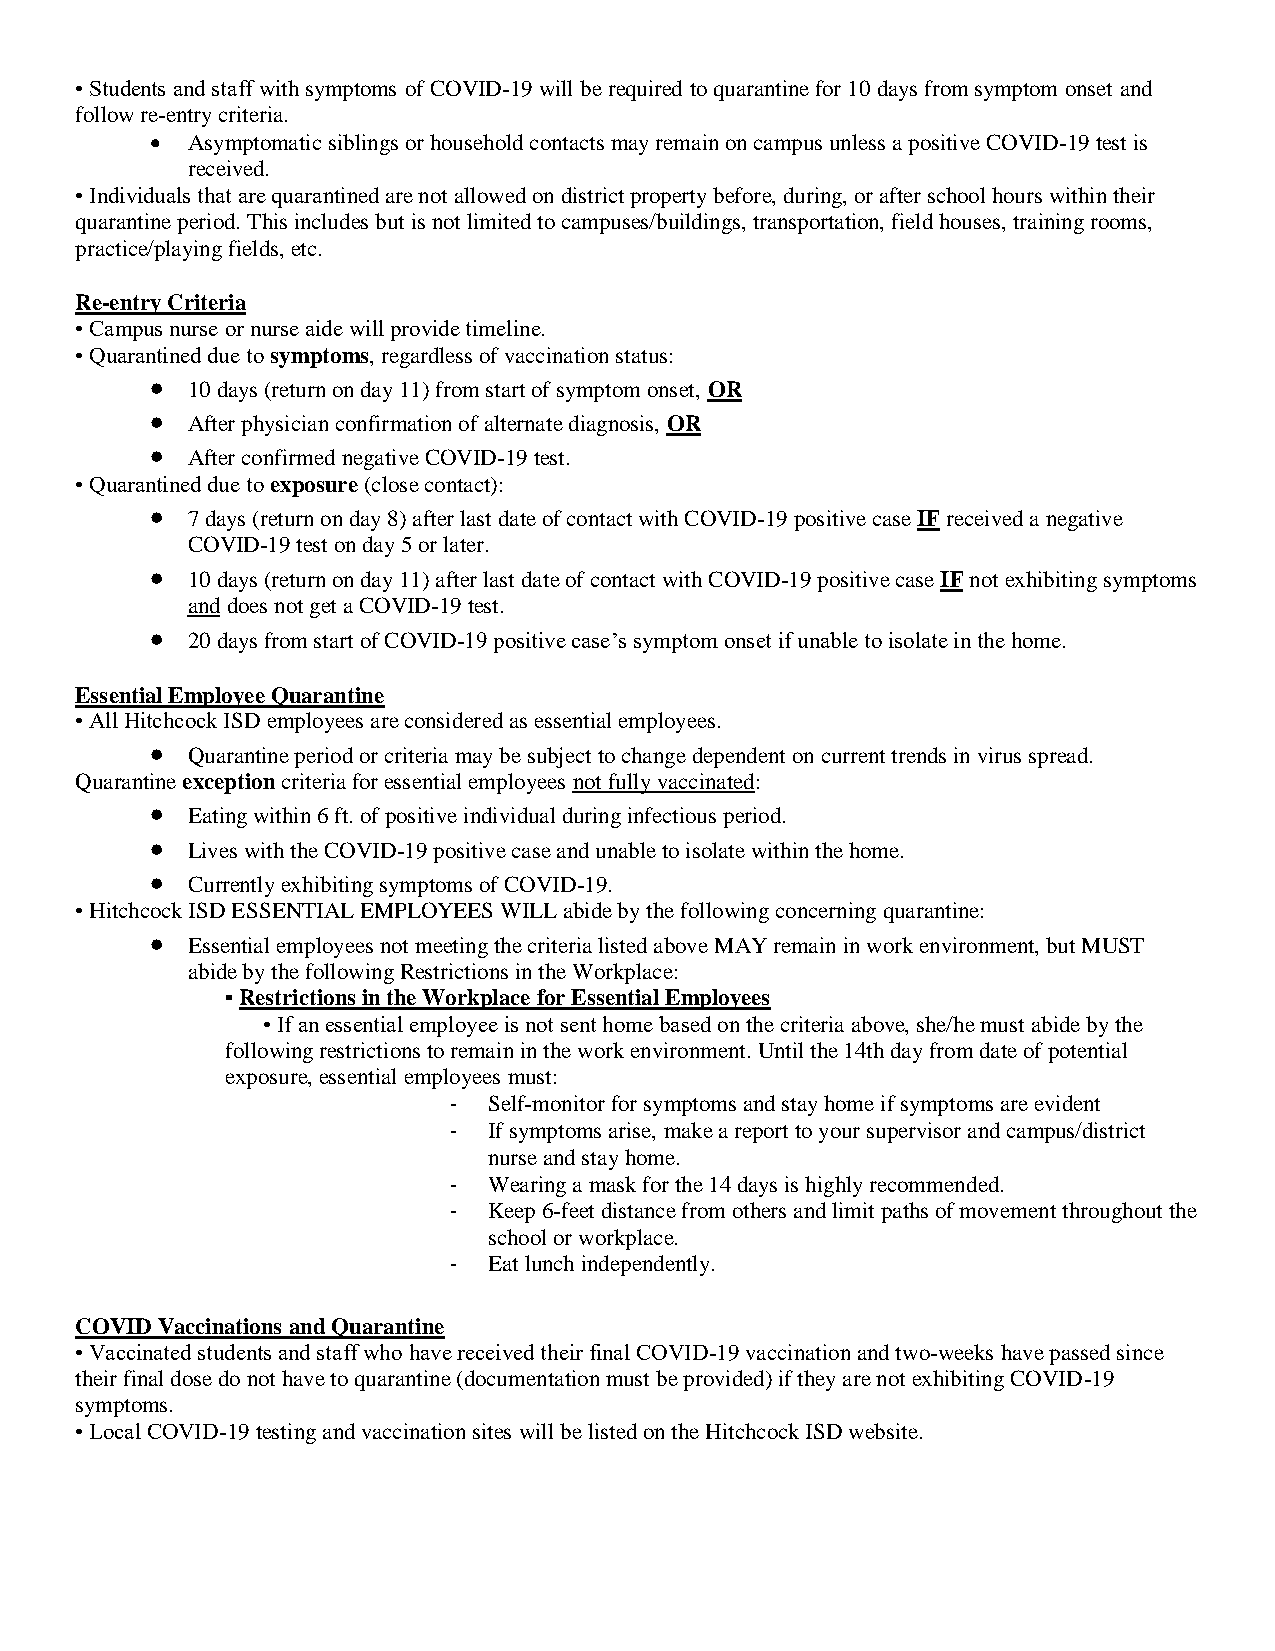
• Students and staff with symptoms of COVID-19 will be required to quarantine for 10 days from symptom onset and
 follow re-entry criteria.
  Asymptomatic siblings or household contacts may remain on campus unless a positive COVID-19 test is
 received.
 • Individuals that are quarantined are not allowed on district property before, during, or after school hours within their
 quarantine period. This includes but is not limited to campuses/buildings, transportation, field houses, training rooms,
 practice/playing fields, etc.
 Re-entry Criteria
 • Campus nurse or nurse aide will provide timeline.
 • Quarantined due to symptoms, regardless of vaccination status:
  10 days (return on day 11) from start of symptom onset, OR
  After physician confirmation of alternate diagnosis, OR
  After confirmed negative COVID-19 test.
 • Quarantined due to exposure (close contact):
  7 days (return on day 8) after last date of contact with COVID-19 positive case IF received a negative
 COVID-19 test on day 5 or later.
  10 days (return on day 11) after last date of contact with COVID-19 positive case IF not exhibiting symptoms
 and does not get a COVID-19 test.
  20 days from start of COVID-19 positive case’s symptom onset if unable to isolate in the home.
 Essential Employee Quarantine
 • All Hitchcock ISD employees are considered as essential employees.
  Quarantine period or criteria may be subject to change dependent on current trends in virus spread.
 Quarantine exception criteria for essential employees not fully vaccinated:
  Eating within 6 ft. of positive individual during infectious period.
  Lives with the COVID-19 positive case and unable to isolate within the home.
  Currently exhibiting symptoms of COVID-19.
 • Hitchcock ISD ESSENTIAL EMPLOYEES WILL abide by the following concerning quarantine:
  Essential employees not meeting the criteria listed above MAY remain in work environment, but MUST
 abide by the following Restrictions in the Workplace:
 ▪ Restrictions in the Workplace for Essential Employees
 • If an essential employee is not sent home based on the criteria above, she/he must abide by the
 following restrictions to remain in the work environment. Until the 14th day from date of potential
 exposure, essential employees must:
 - Self-monitor for symptoms and stay home if symptoms are evident
 - If symptoms arise, make a report to your supervisor and campus/district
 nurse and stay home.
 - Wearing a mask for the 14 days is highly recommended.
 - Keep 6-feet distance from others and limit paths of movement throughout the
 school or workplace.
 - Eat lunch independently.
 COVID Vaccinations and Quarantine
 • Vaccinated students and staff who have received their final COVID-19 vaccination and two-weeks have passed since
 their final dose do not have to quarantine (documentation must be provided) if they are not exhibiting COVID-19
 symptoms.
 • Local COVID-19 testing and vaccination sites will be listed on the Hitchcock ISD website.